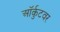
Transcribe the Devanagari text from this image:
ऑर्कुटवर